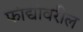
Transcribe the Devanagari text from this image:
फांद्यांवरील